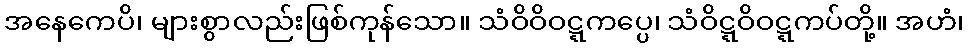
အနေကေပိ၊ များစွာလည်းဖြစ်ကုန်သော။ သံဝိဝိဝဋ္ဋကပ္ပေ၊ သံဝိဋ္ဋဝိဝဋ္ဋကပ်တို့။ အဟံ၊